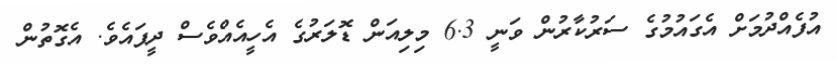
އުފެއްދުމަށް އެގައުމުގެ ސަރުކާރުން ވަނީ 6.3 މިލިއަން ޑޮލަރުގެ އެހީއެއްވެސް ދީފައެވެ. އެގޮތުން